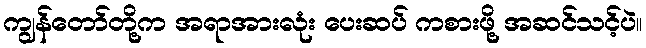
ကျွန်တော်တို့က အရာအားလုံး ပေးဆပ် ကစားဖို့ အဆင်သင့်ပဲ။